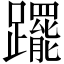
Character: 𨇑